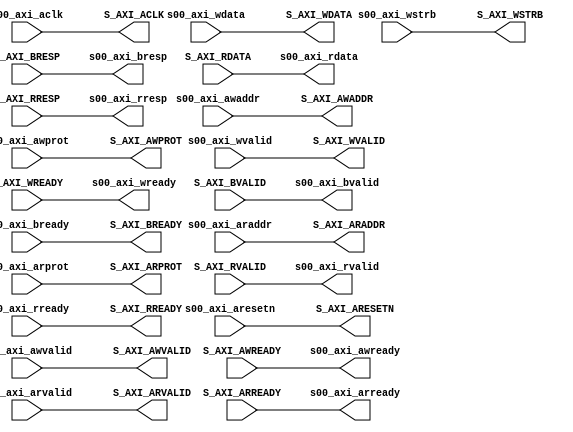
module axi_slave_v1_0 #
	(
		// Users to add parameters here

		// User parameters ends
		// Do not modify the parameters beyond this line


		// Parameters of Axi Slave Bus Interface S00_AXI
		parameter integer C_S00_AXI_DATA_WIDTH	= 32,
		parameter integer C_S00_AXI_ADDR_WIDTH	= 11
	)
	(
        // Users to add ports here
        // Passthrough signals
        output wire  S_AXI_ACLK,
        output wire  S_AXI_ARESETN,
        output wire [C_S00_AXI_ADDR_WIDTH-1 : 0] S_AXI_AWADDR,
        output wire [2 : 0] S_AXI_AWPROT,
        output wire  S_AXI_AWVALID,
        
        input wire  S_AXI_AWREADY,
        
        output wire [C_S00_AXI_DATA_WIDTH-1 : 0] S_AXI_WDATA,
        output wire [(C_S00_AXI_DATA_WIDTH/8)-1 : 0] S_AXI_WSTRB,
        output wire  S_AXI_WVALID,
        
        input wire  S_AXI_WREADY,
        input wire [1 : 0] S_AXI_BRESP,
        input wire  S_AXI_BVALID,
        
        output wire  S_AXI_BREADY,
        output wire [C_S00_AXI_ADDR_WIDTH-1 : 0] S_AXI_ARADDR,
        output wire [2 : 0] S_AXI_ARPROT,
        output wire  S_AXI_ARVALID,
        
        input wire  S_AXI_ARREADY,
        input wire [C_S00_AXI_DATA_WIDTH-1 : 0] S_AXI_RDATA,
        input wire [1 : 0] S_AXI_RRESP,
        input wire  S_AXI_RVALID,
        
        output wire  S_AXI_RREADY,
		// User ports ends
		// Do not modify the ports beyond this line


		// Ports of Axi Slave Bus Interface S00_AXI
		input wire  s00_axi_aclk,
		input wire  s00_axi_aresetn,
		input wire [C_S00_AXI_ADDR_WIDTH-1 : 0] s00_axi_awaddr,
		input wire [2 : 0] s00_axi_awprot,
		input wire  s00_axi_awvalid,
		output wire  s00_axi_awready,
		input wire [C_S00_AXI_DATA_WIDTH-1 : 0] s00_axi_wdata,
		input wire [(C_S00_AXI_DATA_WIDTH/8)-1 : 0] s00_axi_wstrb,
		input wire  s00_axi_wvalid,
		output wire  s00_axi_wready,
		output wire [1 : 0] s00_axi_bresp,
		output wire  s00_axi_bvalid,
		input wire  s00_axi_bready,
		input wire [C_S00_AXI_ADDR_WIDTH-1 : 0] s00_axi_araddr,
		input wire [2 : 0] s00_axi_arprot,
		input wire  s00_axi_arvalid,
		output wire  s00_axi_arready,
		output wire [C_S00_AXI_DATA_WIDTH-1 : 0] s00_axi_rdata,
		output wire [1 : 0] s00_axi_rresp,
		output wire  s00_axi_rvalid,
		input wire  s00_axi_rready
	);
	// Add user logic here
	
    assign S_AXI_ACLK = s00_axi_aclk;
    assign S_AXI_ARESETN = s00_axi_aresetn;
    assign S_AXI_AWADDR = s00_axi_awaddr;
    assign S_AXI_AWPROT = s00_axi_awprot;
    assign S_AXI_AWVALID = s00_axi_awvalid;
    
    assign s00_axi_awready = S_AXI_AWREADY;
    
    assign S_AXI_WDATA = s00_axi_wdata;
    assign S_AXI_WSTRB = s00_axi_wstrb;
    assign S_AXI_WVALID = s00_axi_wvalid;
    
    assign s00_axi_wready = S_AXI_WREADY;
    assign s00_axi_bresp = S_AXI_BRESP;
    assign s00_axi_bvalid = S_AXI_BVALID;
    
    assign S_AXI_BREADY = s00_axi_bready;
    assign S_AXI_ARADDR = s00_axi_araddr;
    assign S_AXI_ARPROT = s00_axi_arprot;
    assign S_AXI_ARVALID = s00_axi_arvalid;
            
    assign s00_axi_arready = S_AXI_ARREADY;
    assign s00_axi_rdata = S_AXI_RDATA;
    assign s00_axi_rresp = S_AXI_RRESP;
    assign s00_axi_rvalid = S_AXI_RVALID;
    
    assign S_AXI_RREADY = s00_axi_rready;

	// User logic ends

	endmodule